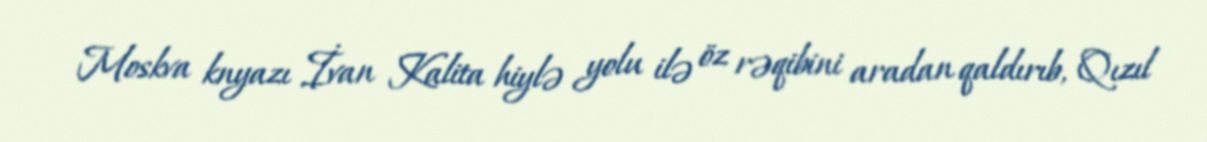
Moskva knyazı İvan Kalita hiylə yolu ilə öz rəqibini aradan qaldırıb, Qızıl